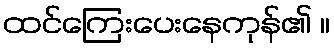
ထင်ကြေးပေးနေကုန်၏ ။